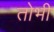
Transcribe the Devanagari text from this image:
तोभी